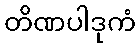
တိဏပါဒုကံ